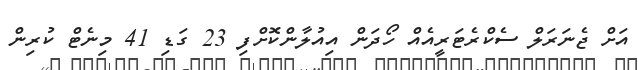
އަށް ޖެނަރަލް ސެކްރެޓަރީއެއް ހޯދަން އިއުލާންކޮށްފި 23 ގަޑި 41 މިނެޓް ކުރިން